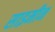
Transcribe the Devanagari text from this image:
साइमीन